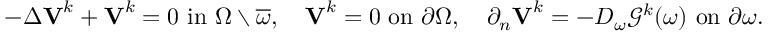
- \Delta \boldsymbol { \mathbf { V } } ^ { k } + \boldsymbol { \mathbf { V } } ^ { k } = 0 \ \mathrm { i n } \ \Omega \setminus \overline { { \omega } } , \quad \boldsymbol { \mathbf { V } } ^ { k } = 0 \ \mathrm { o n } \ \partial \Omega , \quad \partial _ { n } \boldsymbol { \mathbf { V } } ^ { k } = - D _ { \omega } \mathcal { G } ^ { k } ( \omega ) \ \mathrm { o n } \ \partial \omega .